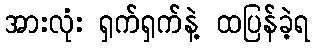
အားလုံး ရှက်ရှက်နဲ့ ထပြန်ခဲ့ရ